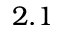
2 . 1